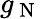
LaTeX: g_{\mathrm{~N~}}